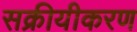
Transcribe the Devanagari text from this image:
सक्रीयीकरण